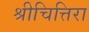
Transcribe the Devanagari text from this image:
श्रीचित्तिरा